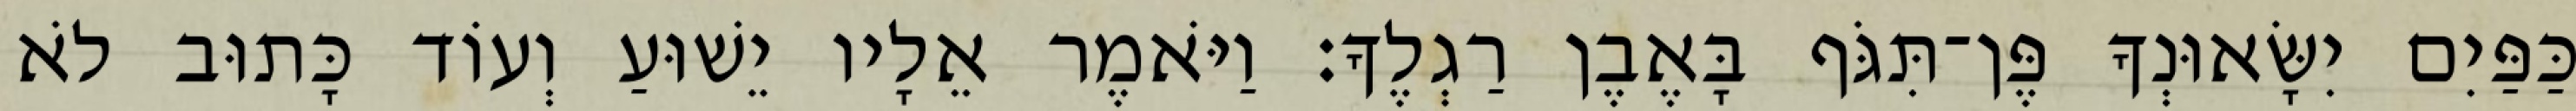
כַּפַּיִם יִשָּׂאוּנְךָ פֶּן־תִּגֹּף בָּאֶבֶן רַגְלֶךָ׃ וַיֹּאמֶר אֵלָיו יֵשׁוּעַ וְעוֹד כָּתוּב לֹא